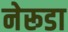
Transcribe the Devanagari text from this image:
नेरूडा